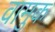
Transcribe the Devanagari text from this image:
वामुक